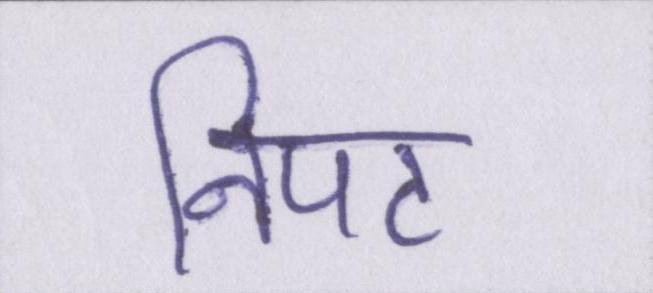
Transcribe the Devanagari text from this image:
निपट